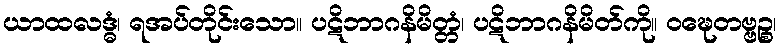
ယာထလဒ္ဓံ၊ ရအပ်တိုင်းသော။ ပဋိဘာဂနိမိတ္တံ၊ ပဋိဘာဂနိမိတ်ကို။ ဝဍ္ဎေတဗ္ဗဉ္စ၊